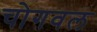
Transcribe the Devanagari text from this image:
चोगवल